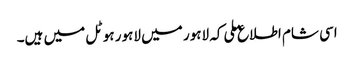
اسی شام اطلاع ملی کہ لاہور میں لاہور ہوٹل میں ہیں۔